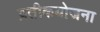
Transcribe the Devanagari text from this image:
प्रतीकयोजना